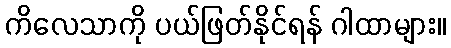
ကိလေသာကို ပယ်ဖြတ်နိုင်ရန် ဂါထာများ။